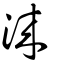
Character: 淶